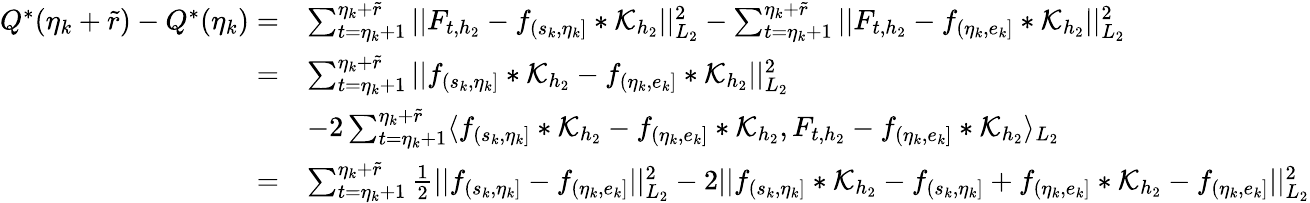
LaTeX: \begin{array}{rl}{Q^{*}(\eta_{k}+\widetilde{r})-Q^{*}(\eta_{k})=}&{\sum_{t=\eta_{k}+1}^{\eta_{k}+\widetilde{r}}\vert\vert F_{t,{h_{2}}}-f_{(s_{k},\eta_{k}]}\ast\mathcal{K}_{{h_{2}}}\vert\vert_{L_{2}}^{2}-\sum_{t=\eta_{k}+1}^{\eta_{k}+\widetilde{r}}\vert\vert F_{t,{h_{2}}}-f_{(\eta_{k},e_{k}]}\ast\mathcal{K}_{h_{2}}\vert\vert_{L_{2}}^{2}}\\ {=}&{\sum_{t=\eta_{k}+1}^{\eta_{k}+\widetilde{r}}\vert\vert f_{(s_{k},\eta_{k}]}\ast\mathcal{K}_{{h_{2}}}-f_{(\eta_{k},e_{k}]}\ast\mathcal{K}_{h_{2}}\vert\vert_{L_{2}}^{2}}\\ &{-2\sum_{t=\eta_{k}+1}^{\eta_{k}+\widetilde{r}}\langle f_{(s_{k},\eta_{k}]}\ast\mathcal{K}_{{h_{2}}}-f_{(\eta_{k},e_{k}]}\ast\mathcal{K}_{h_{2}},F_{t,{h_{2}}}-f_{(\eta_{k},e_{k}]}\ast\mathcal{K}_{h_{2}}\rangle_{L_{2}}}\\ {=}&{\sum_{t=\eta_{k}+1}^{\eta_{k}+\widetilde{r}}\frac{1}{2}\vert\vert f_{(s_{k},\eta_{k}]}-f_{(\eta_{k},e_{k}]}\vert\vert_{L_{2}}^{2}-2\vert\vert f_{(s_{k},\eta_{k}]}\ast\mathcal{K}_{{h_{2}}}-f_{(s_{k},\eta_{k}]}+f_{(\eta_{k},e_{k}]}\ast\mathcal{K}_{h_{2}}-f_{(\eta_{k},e_{k}]}\vert\vert_{L_{2}}^{2}}\end{array}